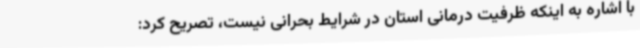
با اشاره به اینکه ظرفیت درمانی استان در شرایط بحرانی نیست، تصریح کرد: